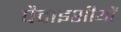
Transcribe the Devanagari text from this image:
पैदाइशीयों